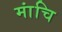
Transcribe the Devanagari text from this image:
मांचि